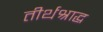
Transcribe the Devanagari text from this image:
तीर्थश्राद्ध